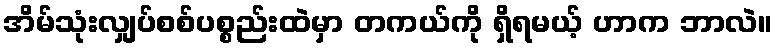
အိမ်သုံးလျှပ်စစ်ပစ္စည်းထဲမှာ တကယ်ကို ရှိရမယ့် ဟာက ဘာလဲ။